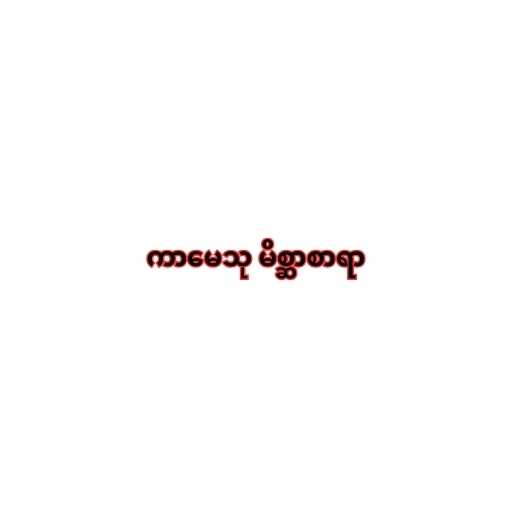
ကာမေသု မိစ္ဆာစာရာ